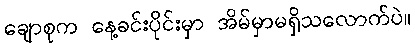
ချောစုက နေ့ခင်းပိုင်းမှာ အိမ်မှာမရှိသလောက်ပဲ။